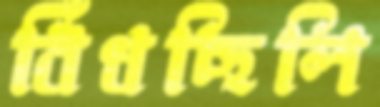
বিঁধছিলি